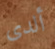
ألدى